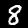
Digit: 8